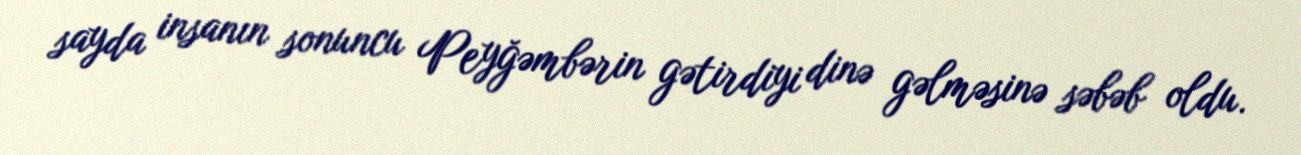
sayda insanın sonuncu Peyğəmbərin gətirdiyi dinə gəlməsinə səbəb oldu.